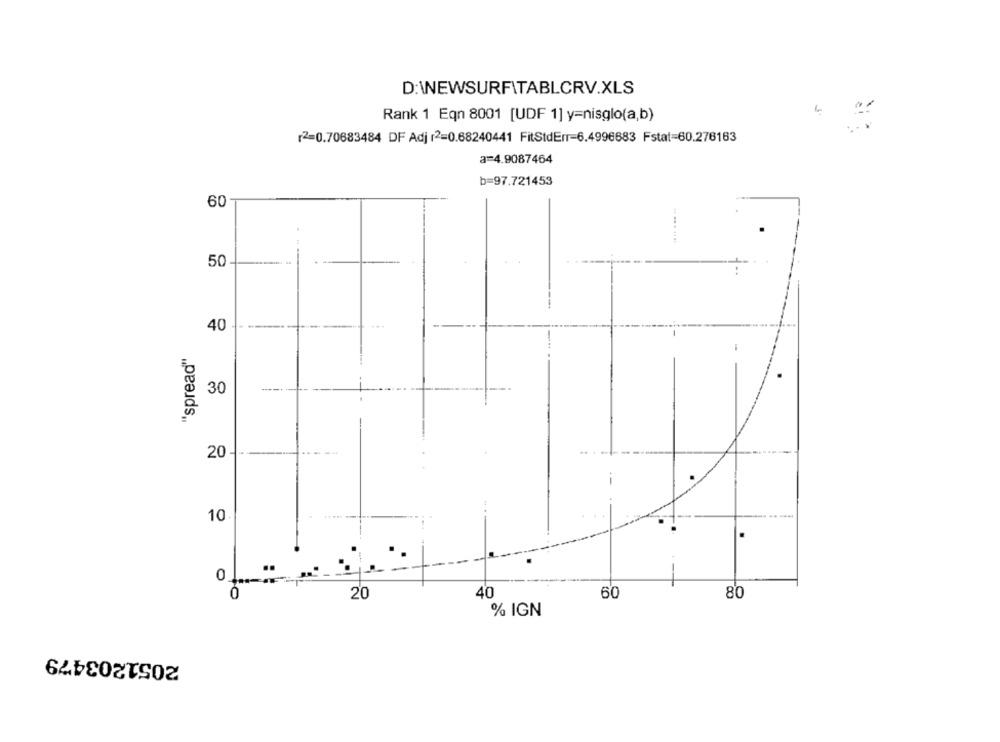
D:\NEWSURFITABLCRV.XLS
Rank 1 Eqn 8001 [UDF 1] y=nisglo(a,b)
2=0.70683484 DF Adj r2=0.68240441 FitStdEnr-6.4996683 Fstat=60.276163
a=4.9087464
b=97.721453
60
50
---
40
"spread"
30
.. . .
20
10
.
0
0
40
60
80
20
% IGN
2051203479